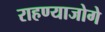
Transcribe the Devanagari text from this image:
राहण्याजोगे